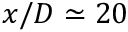
x / D \simeq 2 0